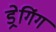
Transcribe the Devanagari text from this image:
ड्रेगिंग